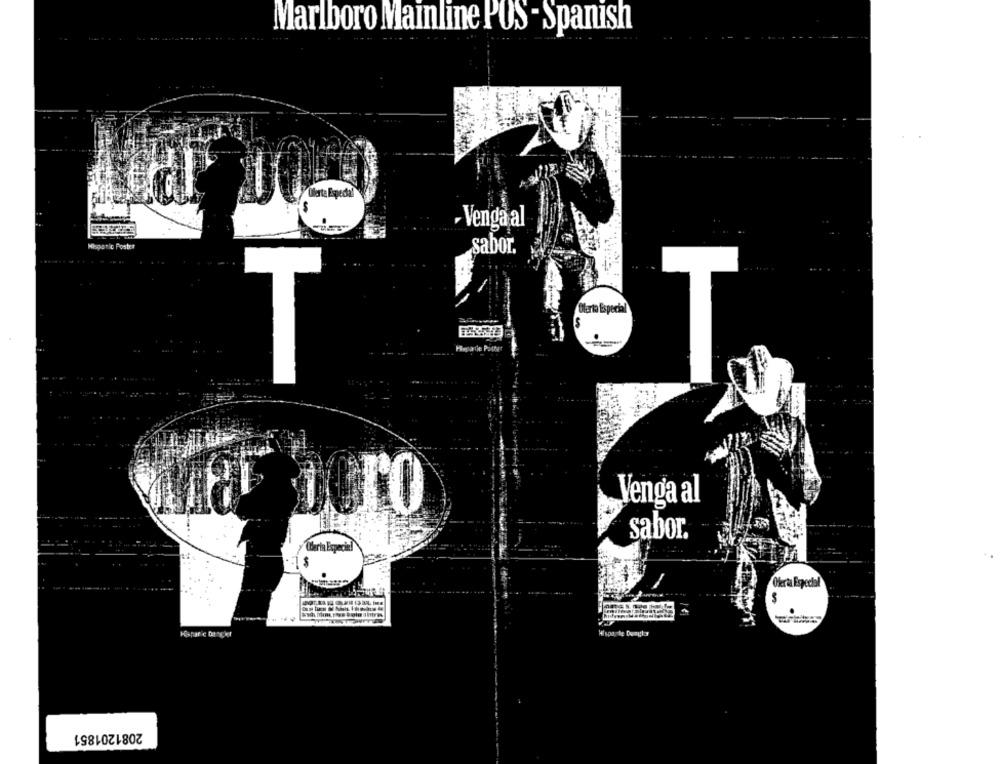
Marlboro Mainline POS - Spanish
Oferte Espedal
- Venga al
Mipatio Poster
sabor.
Oferta Especial
T
Venga al
sabor.
Oferta Especial
Oferta Especial
2081201851